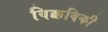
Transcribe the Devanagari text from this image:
विक्कविकी